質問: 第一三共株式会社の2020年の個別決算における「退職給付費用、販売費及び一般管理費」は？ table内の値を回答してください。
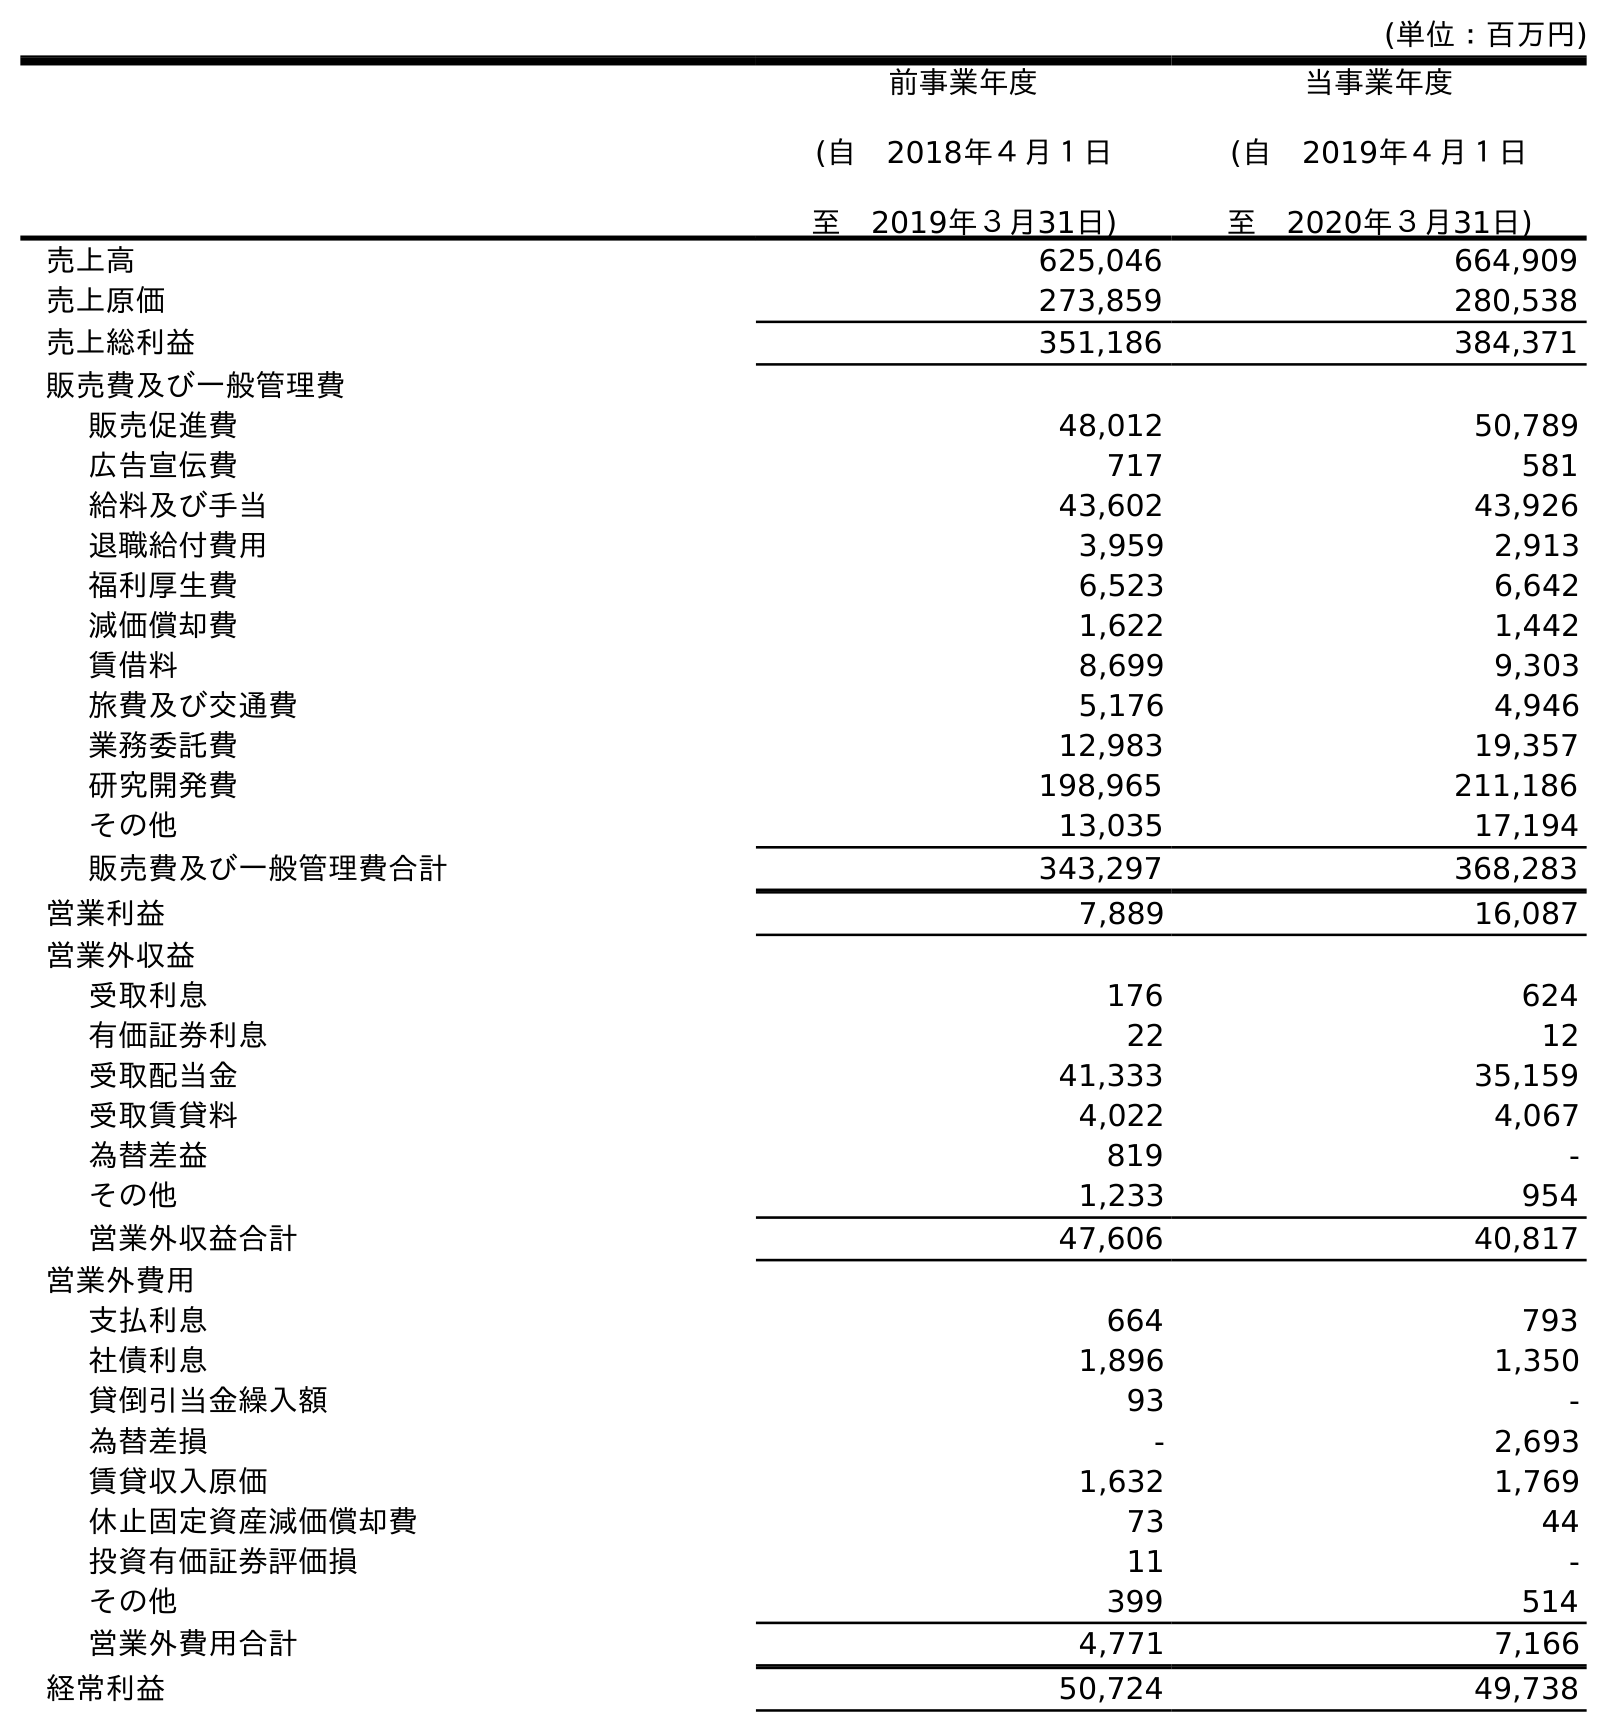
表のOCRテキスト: (単位：百万円) 前事業年度 (自 2018年４月１日 至 2019年３月31日) 当事業年度 (自 2019年４月１日 至 2020年３月31日) 売上高 625,046 664,909 売上原価 273,859 280,538 売上総利益 351,186 384,371 販売費及び一般管理費 販売促進費 48,012 50,789 広告宣伝費 717 581 給料及び手当 43,602 43,926 退職給付費用 3,959 2,913 福利厚生費 6,523 6,642 減価償却費 1,622 1,442 賃借料 8,699 9,303 旅費及び交通費 5,176 4,946 業務委託費 12,983 19,357 研究開発費 198,965 211,186 その他 13,035 17,194 販売費及び一般管理費合計 343,297 368,283 営業利益 7,889 16,087 営業外収益 受取利息 176 624 有価証券利息 22 12 受取配当金 41,333 35,159 受取賃貸料 4,022 4,067 為替差益 819 - その他 1,233 954 営業外収益合計 47,606 40,817 営業外費用 支払利息 664 793 社債利息 1,896 1,350 貸倒引当金繰入額 93 - 為替差損 - 2,693 賃貸収入原価 1,632 1,769 休止固定資産減価償却費 73 44 投資有価証券評価損 11 - その他 399 514 営業外費用合計 4,771 7,166 経常利益 50,724 49,738
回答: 2,913